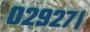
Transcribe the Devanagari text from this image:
०२९२७।